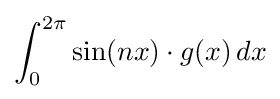
\int _{0}^{2\pi }\sin(nx)\cdot g(x)\,dx